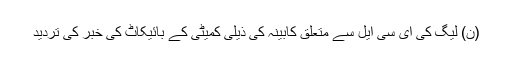
(ن) لیگ کی ای سی ایل سے متعلق کابینہ کی ذیلی کمیٹی کے بائیکاٹ کی خبر کی تردید